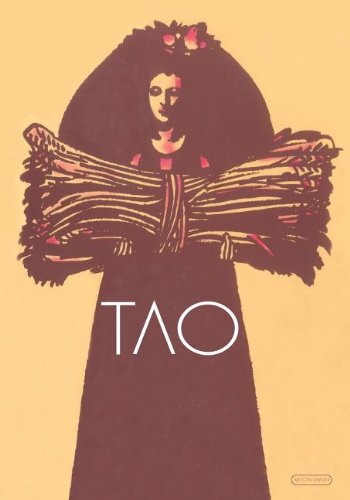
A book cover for The Tao of Cooking; Sally Pasley; Cookbooks, Food & Wine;